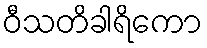
ဝီသတိခါရိကော